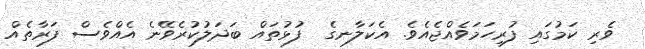
ވެރި ކަމުގައި ފުރިހަމަވެއްޖެއެވެ. އެކަލާނގެ  ފުޅުތައް ބަދަލުކުރެވޭނެ އެއްވެސް ފަރާތެއް